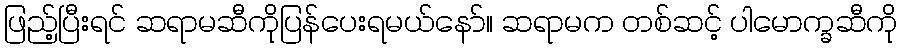
ဖြည့်ပြီးရင် ဆရာမဆီကိုပြန်ပေးရမယ်နော်။ ဆရာမက တစ်ဆင့် ပါမောက္ခဆီကို